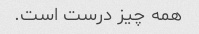
همه چیز درست است.